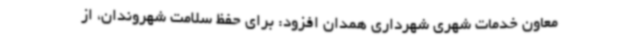
معاون خدمات شهری شهرداری همدان افزود: برای حفظ سلامت شهروندان، از